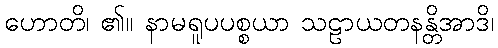
ဟောတိ၊ ၏။ နာမရူပပစ္စယာ သဠာယတနန္တိအာဒိ၊